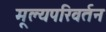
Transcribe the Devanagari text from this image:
मूल्यपरिवर्तन